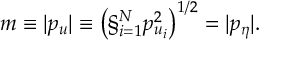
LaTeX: m \equiv | p _ { u } | \equiv \left( \S _ { i = 1 } ^ { N } p _ { u _ { i } } ^ { 2 } \right) ^ { 1 / 2 } = | p _ { \eta } | .